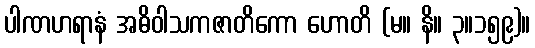
ပါဏဟရာနံ အဓိဝါသကဇာတိကော ဟောတိ (မ။ နိ။ ၃။၁၅၉)။